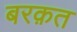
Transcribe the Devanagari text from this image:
बरक़त